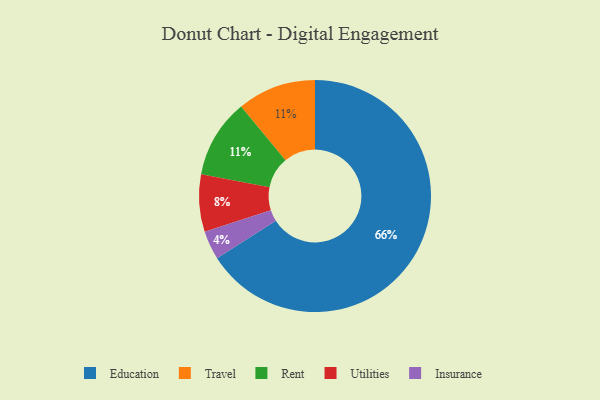
{"axis": {"x": "Category", "y": "Percentage"}, "legend": ["Education", "Insurance", "Rent", "Travel", "Utilities"], "data": [{"x": "Insurance", "y": 4, "type": "Insurance"}, {"x": "Travel", "y": 11, "type": "Travel"}, {"x": "Rent", "y": 11, "type": "Rent"}, {"x": "Education", "y": 66, "type": "Education"}, {"x": "Utilities", "y": 8, "type": "Utilities"}]}